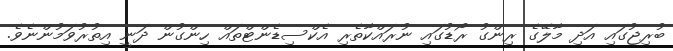
ބުރިޖުގައި އަދި މާލޭގެ ރިންގު ރޯޑުގައި ނުރައްކާތެރި އެކްސިޑެންޓްތައް ހިންގުން ދަނީ އިތުރުވަމުންނެވެ.